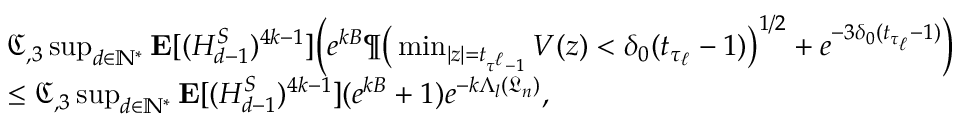
\begin{array} { r l } & { \mathfrak { C } _ { , 3 } \operatorname* { s u p } _ { d \in \mathbb { N } ^ { * } } \mathbf { E } [ ( H _ { d - 1 } ^ { S } ) ^ { 4 k - 1 } ] \Big ( e ^ { k B } \P \big ( \operatorname* { m i n } _ { | z | = t _ { \tau ^ { \ell } - 1 } } V ( z ) < \delta _ { 0 } ( t _ { \tau _ { \ell } } - 1 ) \big ) ^ { 1 / 2 } + e ^ { - 3 \delta _ { 0 } ( t _ { \tau _ { \ell } } - 1 ) } \Big ) } \\ & { \leq \mathfrak { C } _ { , 3 } \operatorname* { s u p } _ { d \in \mathbb { N } ^ { * } } \mathbf { E } [ ( H _ { d - 1 } ^ { S } ) ^ { 4 k - 1 } ] ( e ^ { k B } + 1 ) e ^ { - k \Lambda _ { l } ( \mathfrak { L } _ { n } ) } , } \end{array}